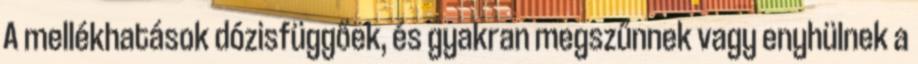
A mellékhatások dózisfüggőek, és gyakran megszűnnek vagy enyhülnek a